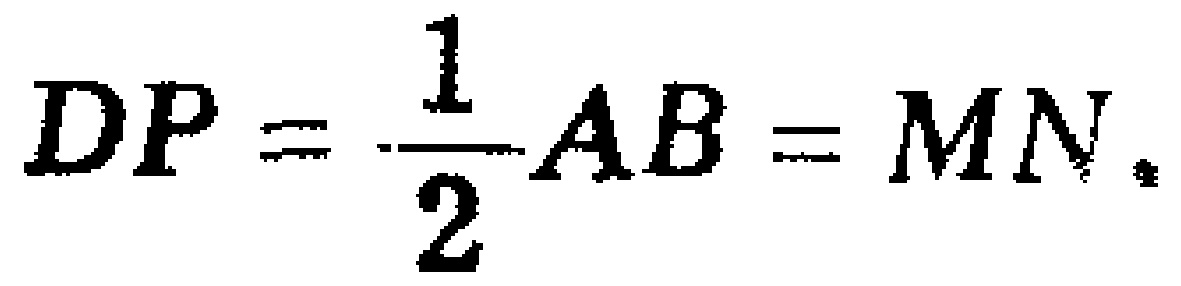
$DP=\frac{1}{2}AB = MN.$